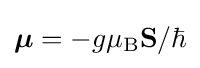
{\boldsymbol {\mu }}=-g{\mu _{\rm {B}}}\mathbf {S} /\hbar